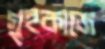
গৃহকাজে